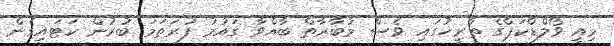
މިއީ ވޯލްޑްކަޕްގެ ތާރީޚުގައި ވެސް މުބާރާތް ބާއްވާ ގައުމު ފުރަތަމަ ބުރުން ކަޓައިގެން